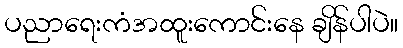
ပညာရေးကံအထူးကောင်းနေ ချိန်ပါပဲ။